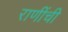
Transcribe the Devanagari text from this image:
राणींची